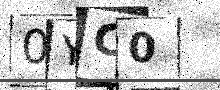
Text: 0YC0